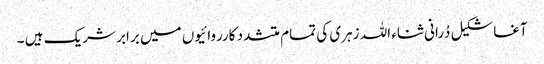
آغاشکیل دُرانی ثناء اللہ زہری کی تمام متشدد کارروائیوں میں برابر شریک ہیں ۔